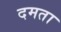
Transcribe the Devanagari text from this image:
दमता